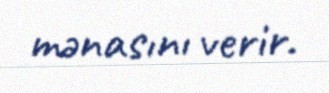
mənasını verir.